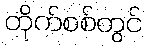
တိုက်စစ်တွင်